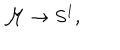
{ \cal { M } } \rightarrow S ^ { 1 } ,